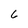
Character: 6